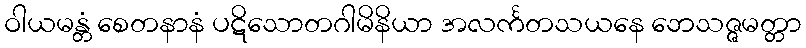
ဝါယမန္တံ စေတနာနံ ပဋိသောတဂါမိနိယာ အလင်္ကတသယနေ ဘေသဇ္ဇမတ္တာ